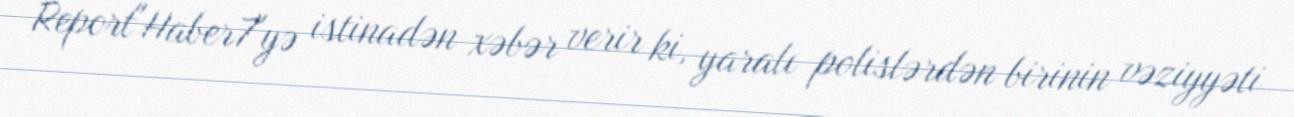
Report"Haber7"yə istinadən xəbər verir ki, yaralı polislərdən birinin vəziyyəti